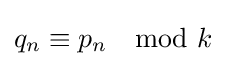
q_{n}\equiv p_{n}\mod k